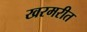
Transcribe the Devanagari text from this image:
खरमरीत